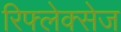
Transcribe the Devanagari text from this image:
रिफ्लेक्सेज